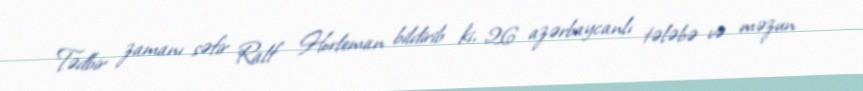
Tədbir zamanı səfir Ralf Horleman bildirib ki, 26 azərbaycanlı tələbə və məzun